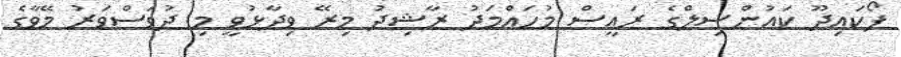
ފޯކައިދޫ ކައުންސިލްގެ ރައީސް މުހައްމަދު ރާޝިދު މިރޭ ވިދާޅުވީ މި ދުވަސްވަރު މޭވާގެ